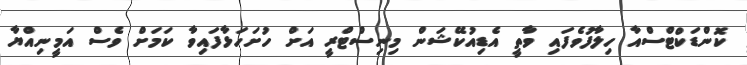
ކޮންޑަކްޓްސްއާ ހިލާފުވެފައި ވާތީ އެޑިއުކޭޝަން މިނިސްޓްރީ އަށް ހުށަހަޅާފައިވާ ކަމަށް ވެސް އަމީނިއްޔާ